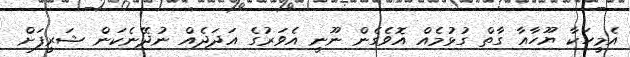
އެމީހަކާ ޔޫހާއާ ގާތް ގުޅުމެއް އޮވެގެން ނޫނީ އެވަރުގެ އަދަދެއް ނުދޭނެކަން ޝަރީފަށް